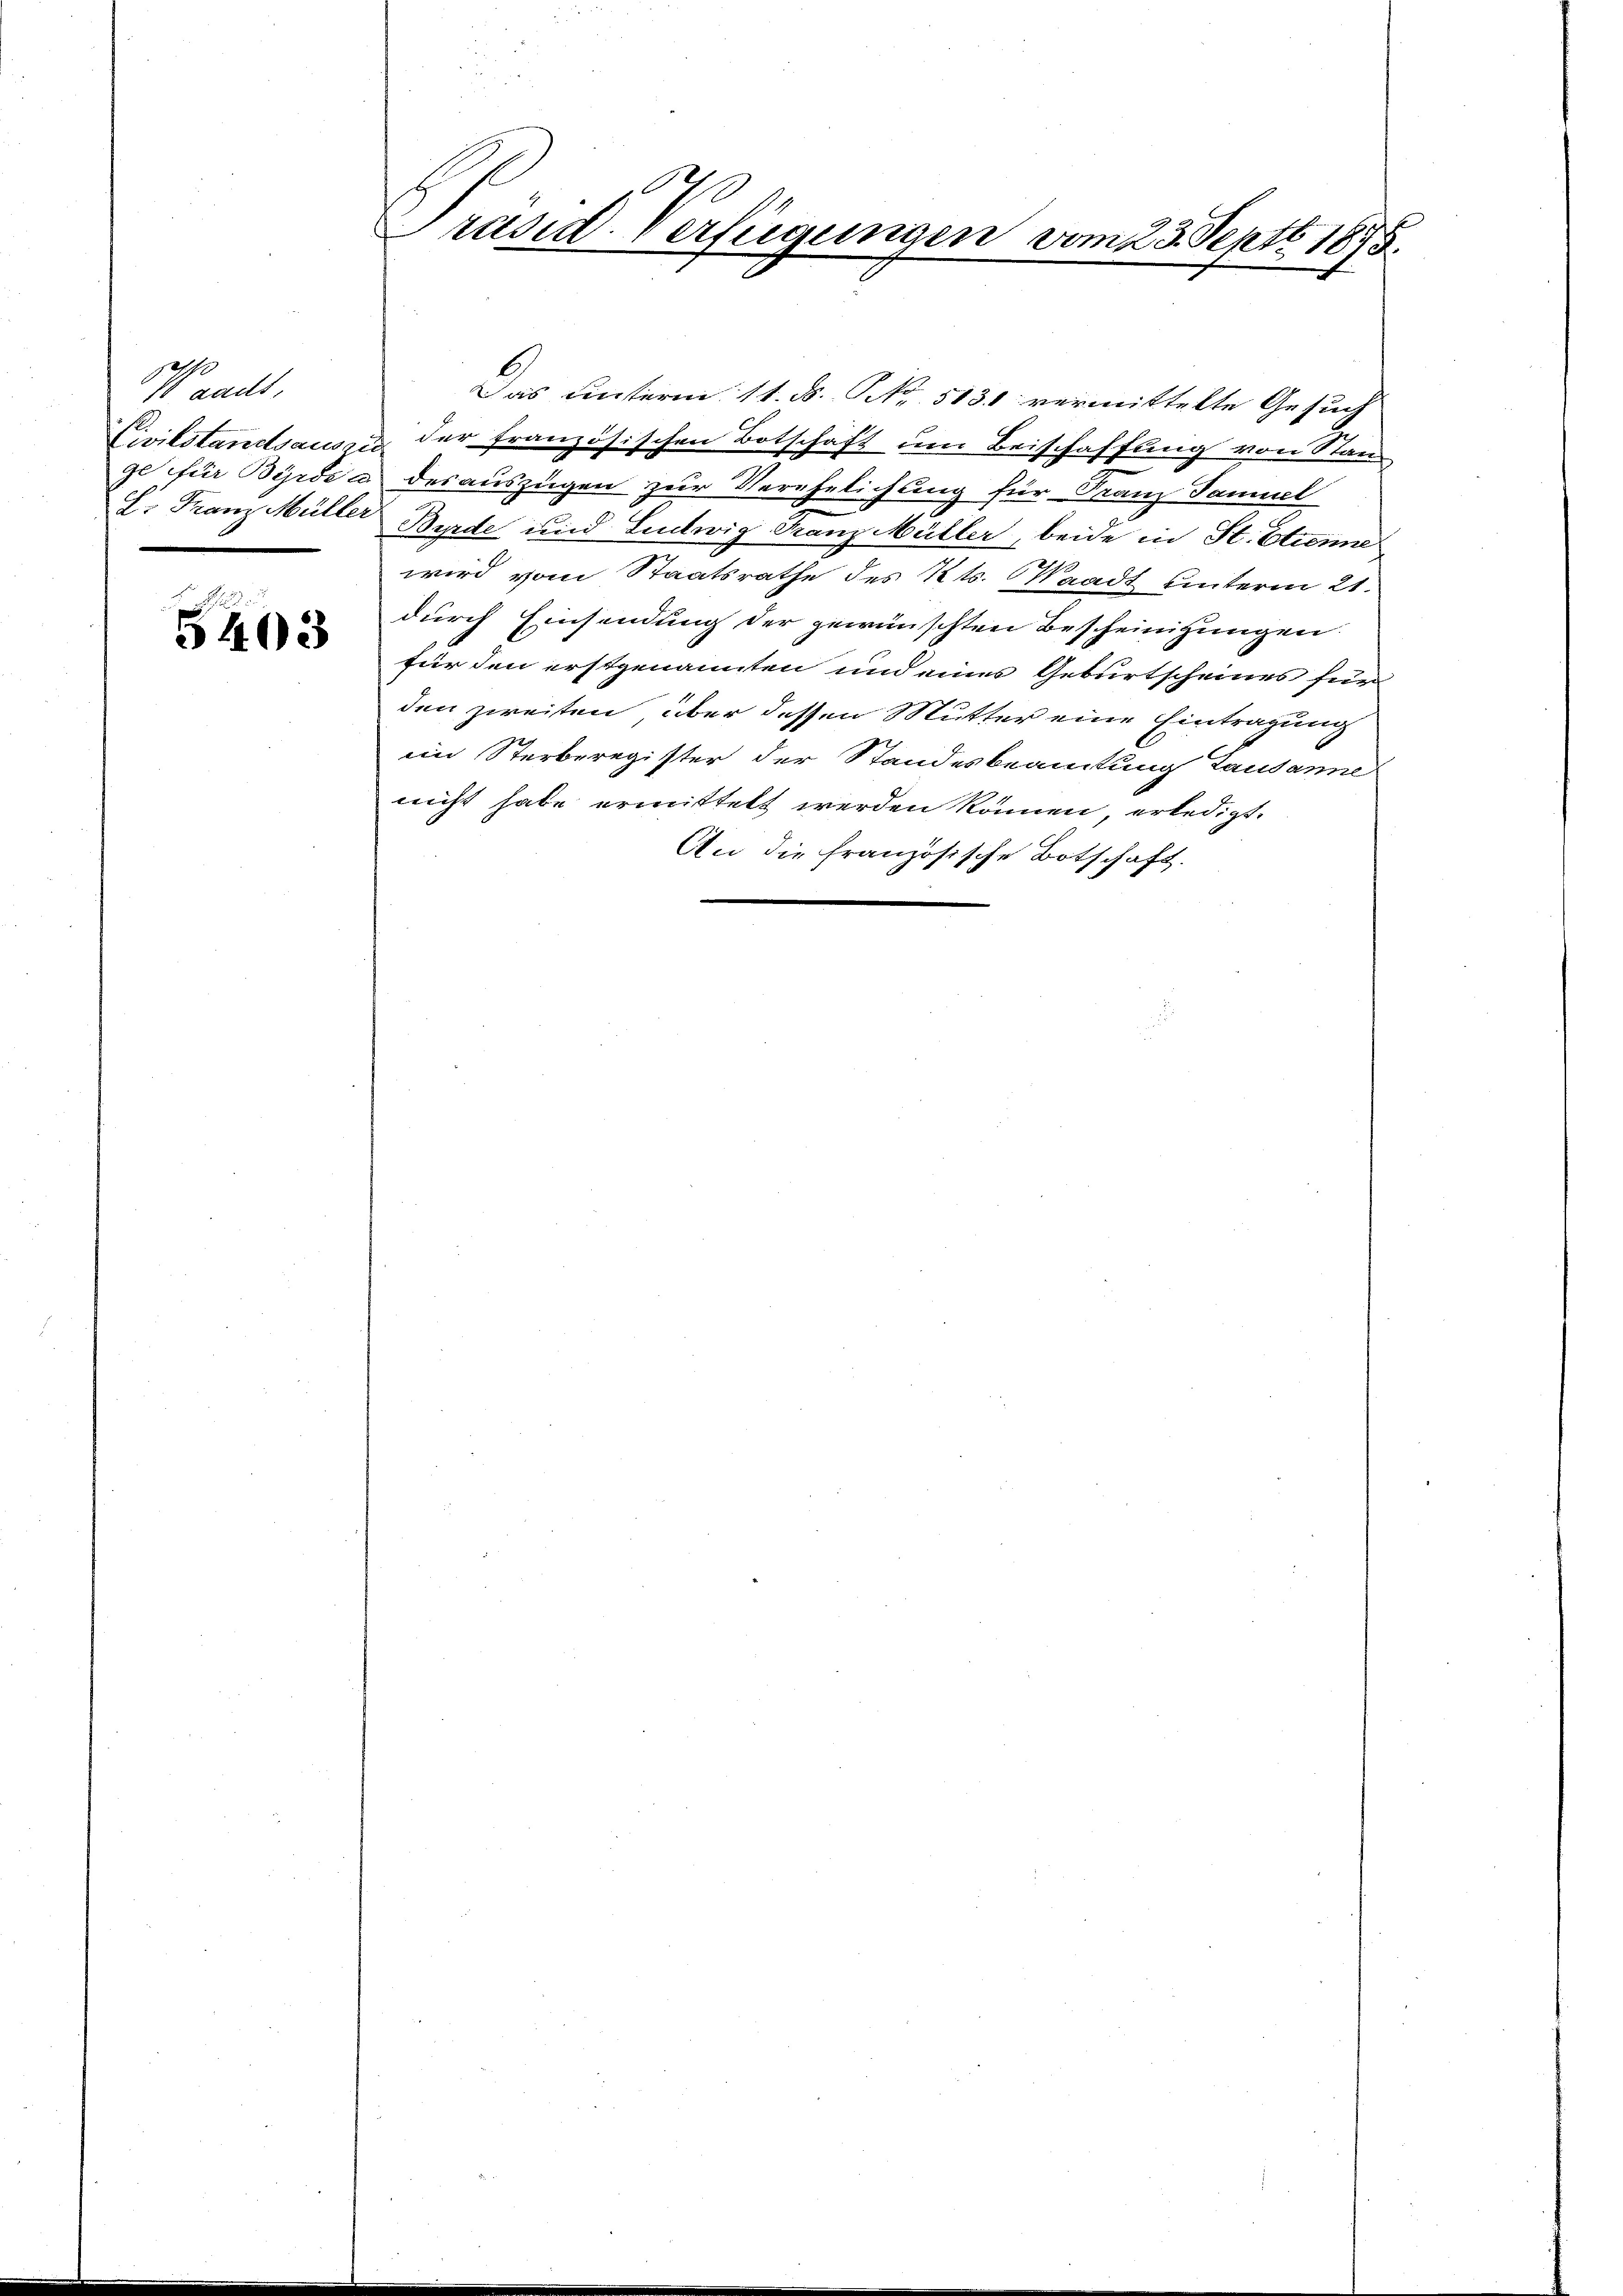
aadt,

5403

Präsid. Verfügungen vom 23. Septb. 1875.

Das unterm 11. K. NNo. 5131 vermittelte Gesuch
Civilstandsaus der französischen Botschäft um Beischaffung von Stand
ge für Bürde a des auszügen zur Verehelichung für Franz Samuel
c. Franz Müller Bürde und Ludwig Franz Müller, beide in St. Etien
wird vom Staatsrathe des Kts. Waadt unterm 21.
durch Einsendung der gewünschten Bescheinigungen
für den erstgenannten und eines Geburtscheines für
den zweiten, über dessen Mutter eine Eintragung
em Sterberegister der Standesbeamtung Lausanne
nicht habe ermittelt werden können, erledigt.
An die französische Botschaft.